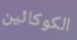
الكوكائين